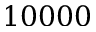
1 0 0 0 0